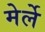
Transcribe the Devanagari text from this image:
मेर्ले